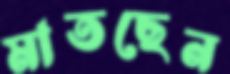
মাতছেন